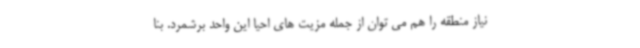
نیاز منطقه را هم می توان از جمله مزیت های احیا این واحد برشمرد. بنا